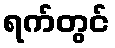
ရက်တွင်